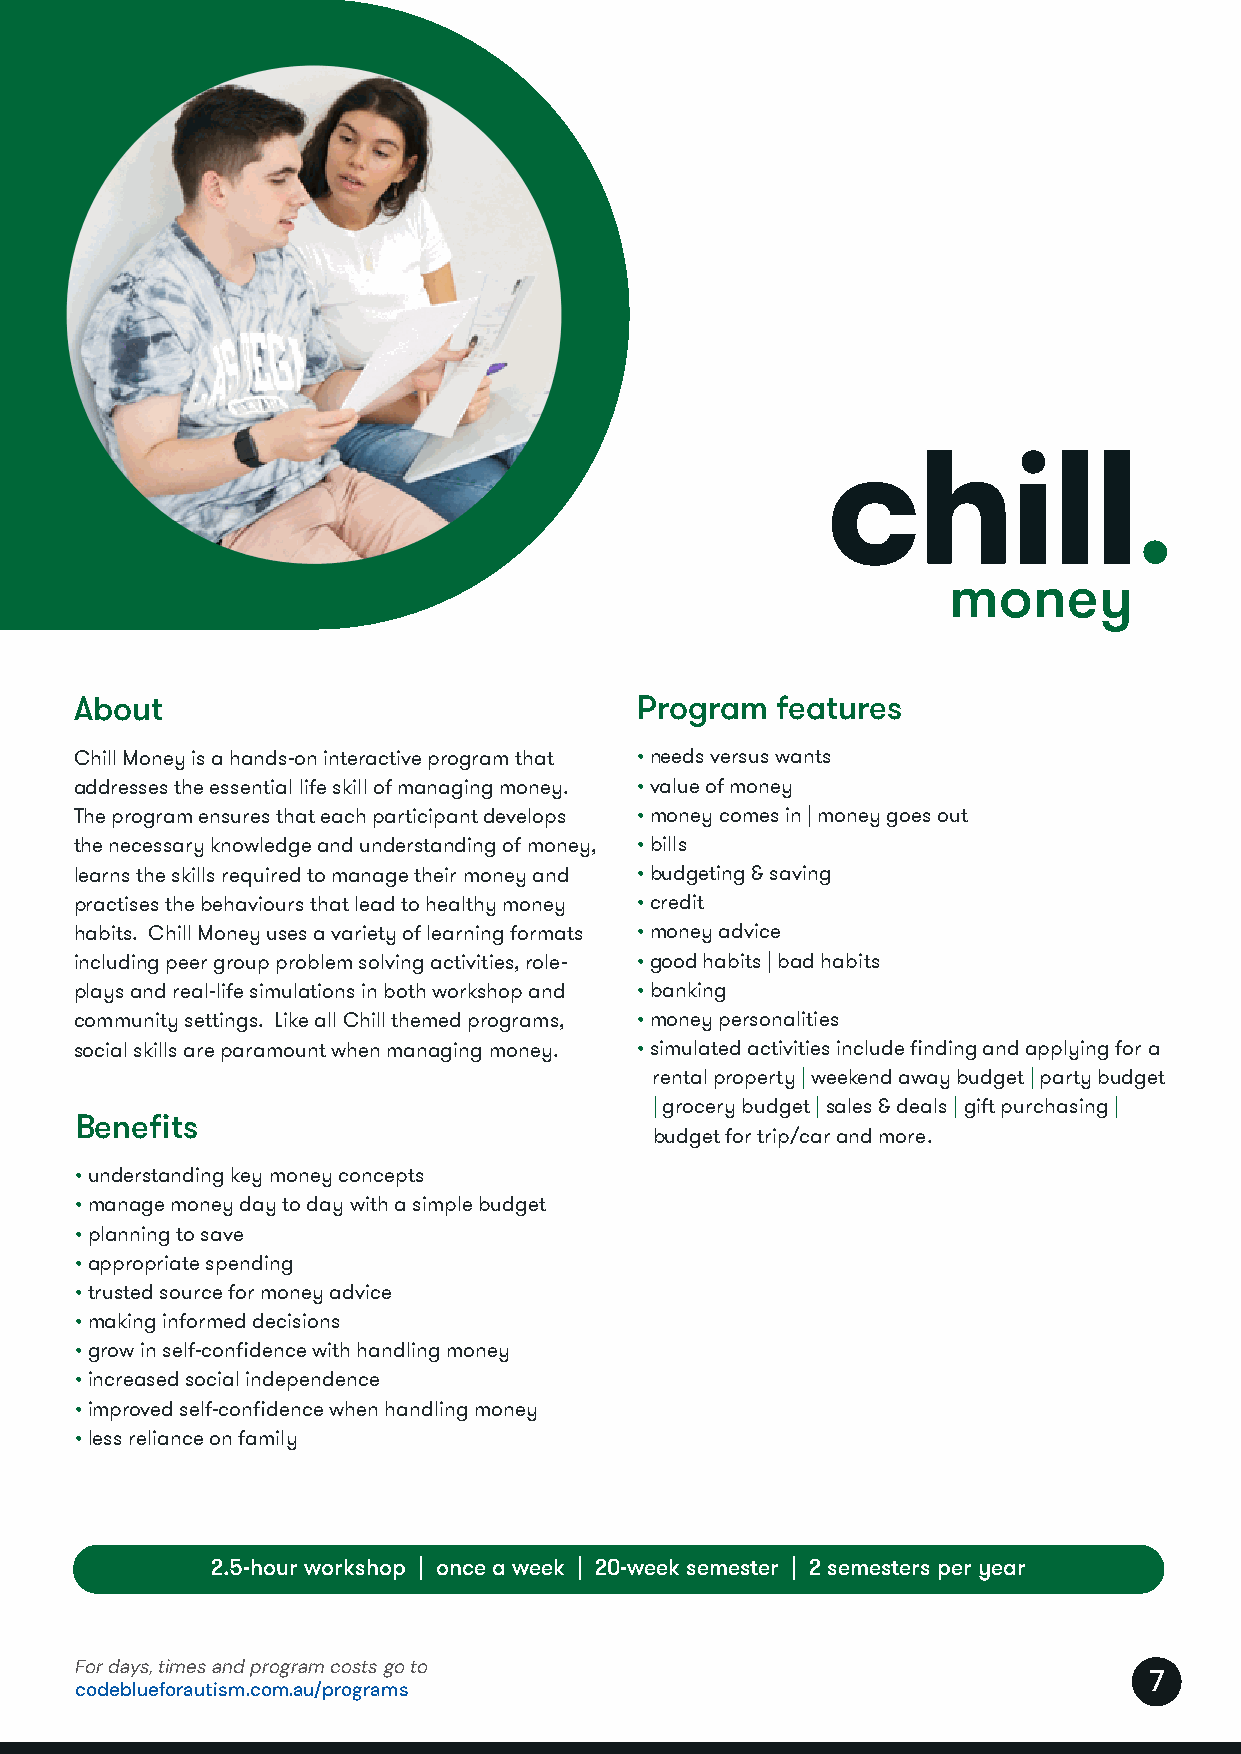
chill programs 2022
 About                                Program  features
 Chill Money is a hands-on interactive program that • needs versus wants
 addresses the essential life skill of managing money. • value of money
 The program ensures that each participant develops • money comes in | money goes out
 the necessary knowledge and understanding of money, • bills
 learns the skills required to manage their money and • budgeting & saving
 practises the behaviours that lead to healthy money • credit
 habits. Chill Money uses a variety of learning formats • money advice
 including peer group problem solving activities, role- • good habits | bad habits
 plays and real-life simulations in both workshop and • banking
 community settings. Like all Chill themed programs, • money personalities
 social skills are paramount when managing money. • simulated activities include finding and applying for a
 rental property | weekend away budget | party budget
 | grocery budget | sales & deals | gift purchasing |
 Benefits
 budget for trip/car and more.
 • understanding key money concepts
 • manage money day to day with a simple budget
 • planning to save
 • appropriate spending
 • trusted source for money advice
 • making informed decisions
 • grow in self-confidence with handling money
 • increased social independence
 • improved self-confidence when handling money
 • less reliance on family
 2.5-hour workshop | once a week | 20-week semester | 2 semesters per year
 For days, times and program costs go to
 7
 codeblueforautism.com.au/programs